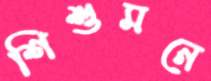
শিশুমনে